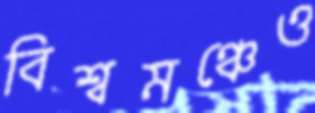
বিশ্বমঞ্চেও